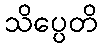
သိပ္ပေတိ